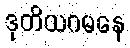
ဒုတိယဂမနေ